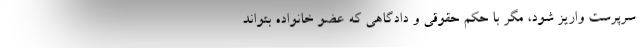
سرپرست واریز شود، مگر با حکم حقوقی و دادگاهی که عضو خانواده بتواند